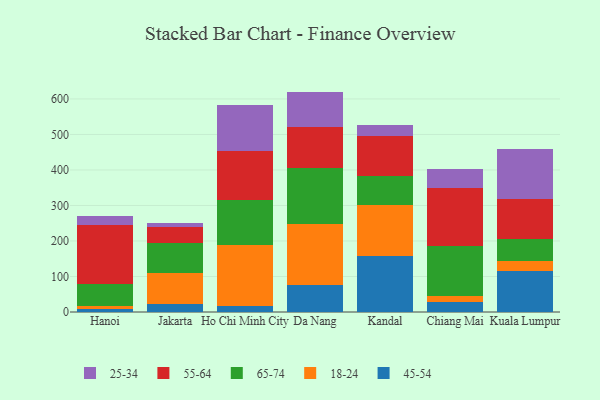
{"axis": {"x": "City", "y": "Headcount"}, "legend": ["18-24", "25-34", "45-54", "55-64", "65-74"], "data": [{"x": "Hanoi", "y": 7.3, "type": "45-54"}, {"x": "Hanoi", "y": 9.9, "type": "18-24"}, {"x": "Hanoi", "y": 62.4, "type": "65-74"}, {"x": "Hanoi", "y": 166.6, "type": "55-64"}, {"x": "Hanoi", "y": 23.3, "type": "25-34"}, {"x": "Jakarta", "y": 23.2, "type": "45-54"}, {"x": "Jakarta", "y": 86.0, "type": "18-24"}, {"x": "Jakarta", "y": 85.4, "type": "65-74"}, {"x": "Jakarta", "y": 44.6, "type": "55-64"}, {"x": "Jakarta", "y": 12.2, "type": "25-34"}, {"x": "Ho Chi Minh City", "y": 16.8, "type": "45-54"}, {"x": "Ho Chi Minh City", "y": 172.2, "type": "18-24"}, {"x": "Ho Chi Minh City", "y": 125.4, "type": "65-74"}, {"x": "Ho Chi Minh City", "y": 138.2, "type": "55-64"}, {"x": "Ho Chi Minh City", "y": 129.7, "type": "25-34"}, {"x": "Da Nang", "y": 75.1, "type": "45-54"}, {"x": "Da Nang", "y": 172.6, "type": "18-24"}, {"x": "Da Nang", "y": 156.8, "type": "65-74"}, {"x": "Da Nang", "y": 117.3, "type": "55-64"}, {"x": "Da Nang", "y": 98.9, "type": "25-34"}, {"x": "Kandal", "y": 156.4, "type": "45-54"}, {"x": "Kandal", "y": 145.2, "type": "18-24"}, {"x": "Kandal", "y": 81.4, "type": "65-74"}, {"x": "Kandal", "y": 113.7, "type": "55-64"}, {"x": "Kandal", "y": 28.9, "type": "25-34"}, {"x": "Chiang Mai", "y": 29.4, "type": "45-54"}, {"x": "Chiang Mai", "y": 14.6, "type": "18-24"}, {"x": "Chiang Mai", "y": 141.6, "type": "65-74"}, {"x": "Chiang Mai", "y": 164.9, "type": "55-64"}, {"x": "Chiang Mai", "y": 51.5, "type": "25-34"}, {"x": "Kuala Lumpur", "y": 115.5, "type": "45-54"}, {"x": "Kuala Lumpur", "y": 27.5, "type": "18-24"}, {"x": "Kuala Lumpur", "y": 63.5, "type": "65-74"}, {"x": "Kuala Lumpur", "y": 111.7, "type": "55-64"}, {"x": "Kuala Lumpur", "y": 141.2, "type": "25-34"}]}